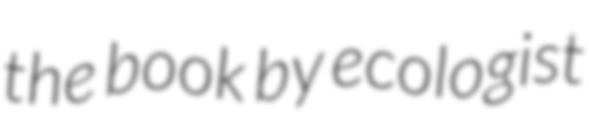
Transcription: the book by ecologist